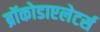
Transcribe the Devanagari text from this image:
ब्रॉकोडाएलेटर्स